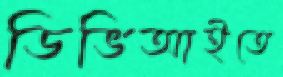
ডিভিআইতে